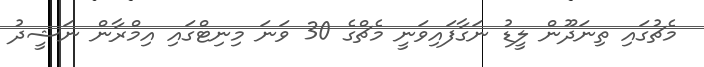
މެޗުގައި ތިނަދޫން ލީޑު ނަގާފައިވަނީ މެޗްގެ 30 ވަނަ މިނިޓްގައި އިމްރާން ނަޝީދު